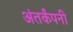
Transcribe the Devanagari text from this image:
अंतर्कंपनी